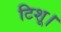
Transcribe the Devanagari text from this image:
टिशू।